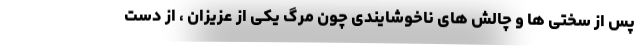
پس از سختی ها و چالش های ناخوشایندی چون مرگ یکی از عزیزان ، از دست